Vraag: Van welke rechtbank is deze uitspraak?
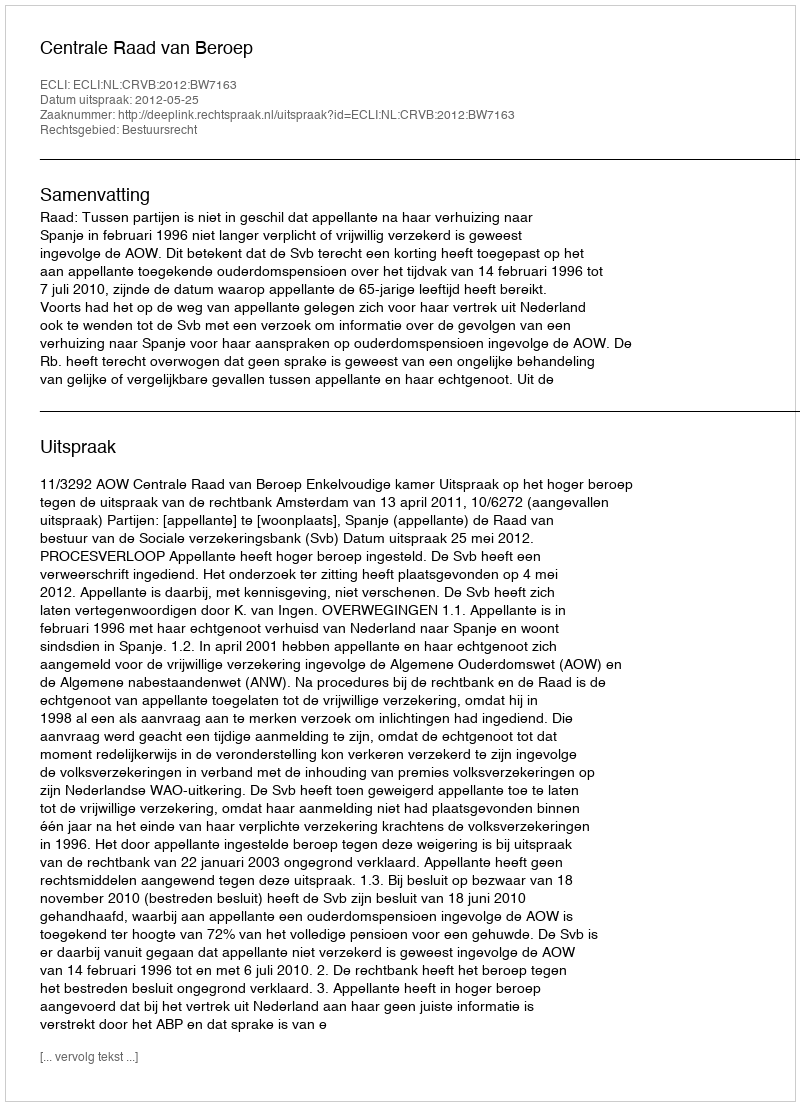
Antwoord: Centrale Raad van Beroep